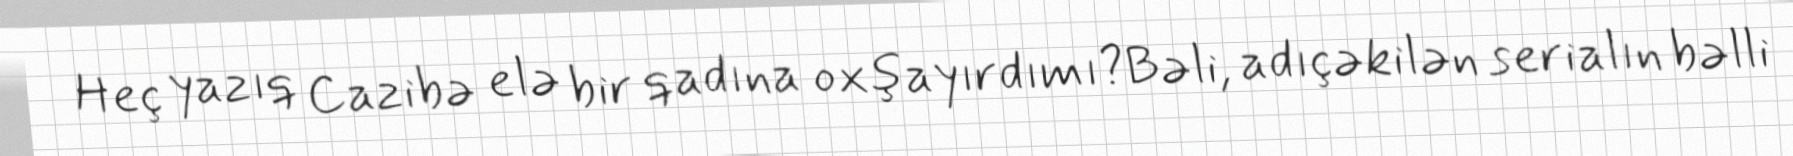
Heç yazıq Cazibə elə bir qadına oxşayırdımı?Bəli, adıçəkilən serialın bəlli